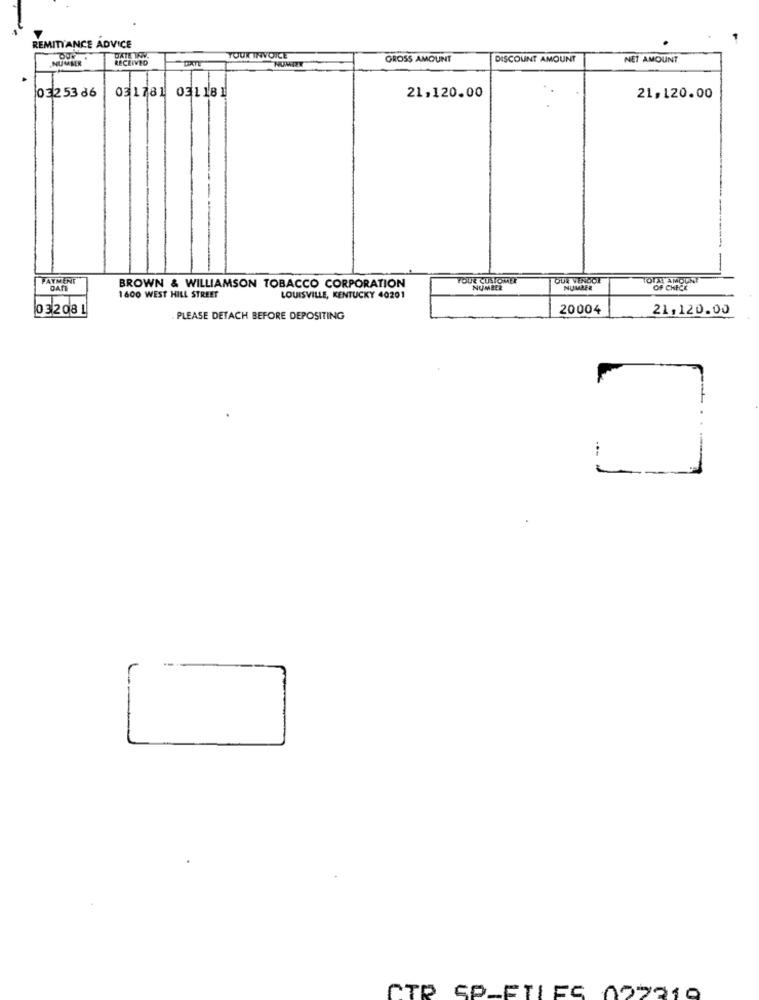
REMITTANCE ADVICE
NUMMER
RECEIVED
DATE
TOUX INVOICE
GROSS AMOUNT
DISCOUNT AMOUNT
NET AMOUNT
0325386
031781
031181
21,120.00
21,120.00
-----
PAYMENT
OUR CUSTOMER
OUR VENDOL
TOTAL AMOUNT
DATE
BROWN & WILLIAMSON TOBACCO CORPORATION
1600 WEST HILL STREET
NUMBER
NUMBER
OF CHECK
LOUISVILLE, KENTUCKY 40201
03 2081
20004
21,120.00
PLEASE DETACH BEFORE DEPOSITING
CTP SP-ETLES 022310